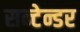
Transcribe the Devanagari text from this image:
सन्टेन्डर